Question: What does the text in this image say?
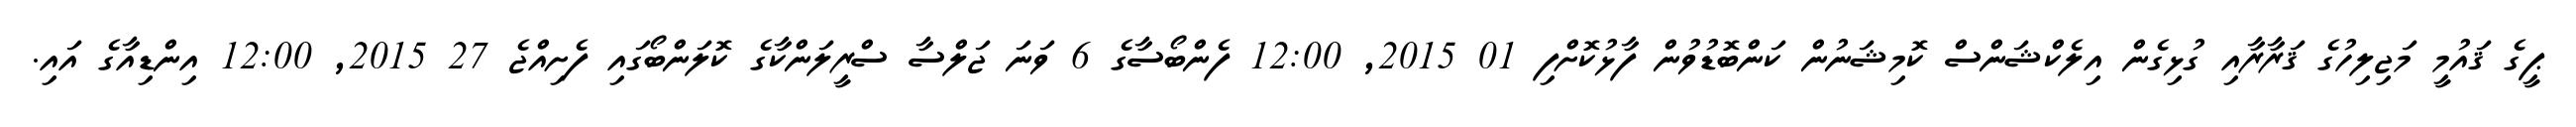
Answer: ޕީގެ ޤައުމީ މަޖިލިހުގެ ޤަރާރާއި ގުޅިގެން އިލެކްޝަންސް ކޮމިޝަނުން ކަންބޮޑުވުން ފާޅުކޮށްފި 01 2015, 12:00 ފެންބޯސާގެ 6 ވަނަ ޖަލްސާ ސްރީލަންކާގެ ކޮލަންބޯގައި ފެށިއްޖެ 27 2015, 12:00 އިންޑިއާގެ އައި.